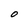
Character: O